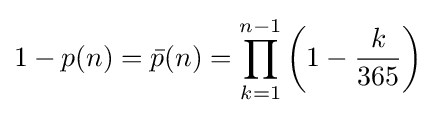
1-p(n)={\bar {p}}(n)=\prod _{k=1}^{n-1}\left(1-{\frac {k}{365}}\right)